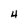
Character: 4